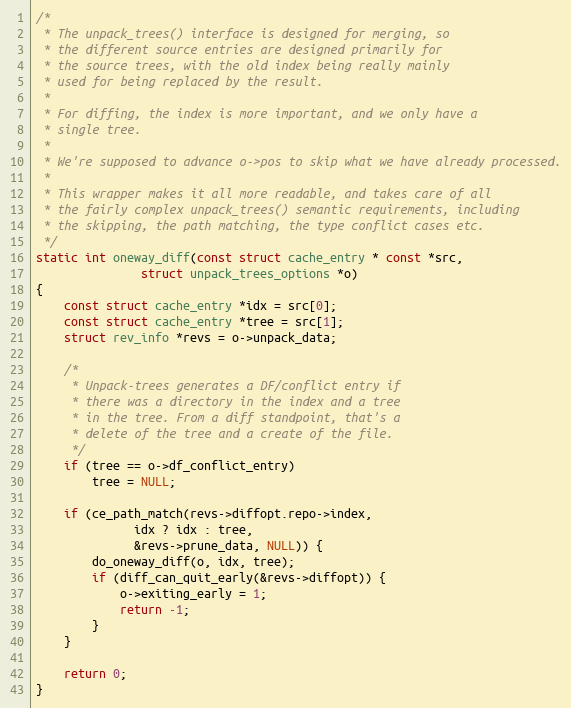
Language: C
/*
 * The unpack_trees() interface is designed for merging, so
 * the different source entries are designed primarily for
 * the source trees, with the old index being really mainly
 * used for being replaced by the result.
 *
 * For diffing, the index is more important, and we only have a
 * single tree.
 *
 * We're supposed to advance o->pos to skip what we have already processed.
 *
 * This wrapper makes it all more readable, and takes care of all
 * the fairly complex unpack_trees() semantic requirements, including
 * the skipping, the path matching, the type conflict cases etc.
 */
static int oneway_diff(const struct cache_entry * const *src,
		       struct unpack_trees_options *o)
{
	const struct cache_entry *idx = src[0];
	const struct cache_entry *tree = src[1];
	struct rev_info *revs = o->unpack_data;

	/*
	 * Unpack-trees generates a DF/conflict entry if
	 * there was a directory in the index and a tree
	 * in the tree. From a diff standpoint, that's a
	 * delete of the tree and a create of the file.
	 */
	if (tree == o->df_conflict_entry)
		tree = NULL;

	if (ce_path_match(revs->diffopt.repo->index,
			  idx ? idx : tree,
			  &revs->prune_data, NULL)) {
		do_oneway_diff(o, idx, tree);
		if (diff_can_quit_early(&revs->diffopt)) {
			o->exiting_early = 1;
			return -1;
		}
	}

	return 0;
}